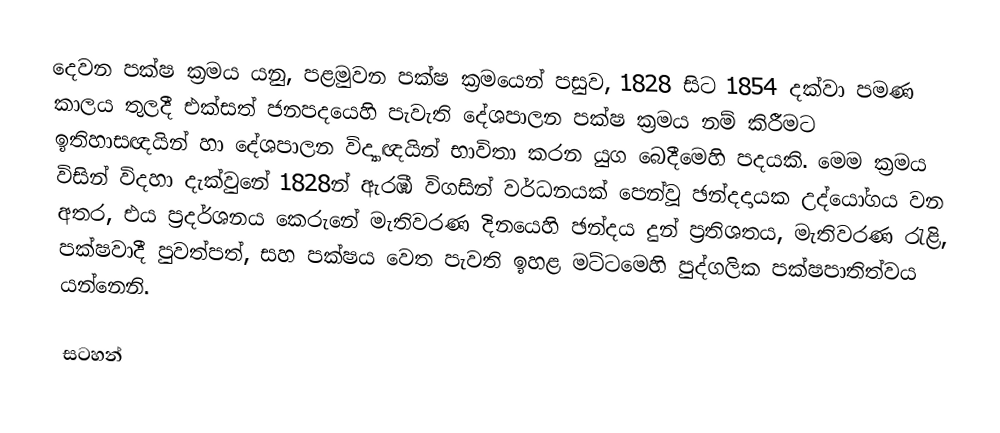
දෙවන පක්ෂ ක්‍රමය යනු,  පළමුවන පක්ෂ ක්‍රමයෙන් පසුව, 1828 සිට 1854 දක්වා පමණ කාලය තුලදී  එක්සත් ජනපදයෙහි පැවැති  දේශපාලන පක්ෂ ක්‍රමය නම් කිරීමට ඉතිහාසඥයින් හා දේශපාලන විද්‍යාඥයින් භාවිතා කරන  යුග බෙදීමෙහි පදයකි.  මෙම ක්‍රමය විසින් විදහා දැක්වුනේ 1828න් ඇරඹී විගසින් වර්ධනයක් පෙන්වූ ඡන්දදායක උද්යෝගය වන අතර, එය ප්‍රදර්ශනය කෙරුනේ මැතිවරණ දිනයෙහි ඡන්දය දුන් ප්‍රතිශතය, මැතිවරණ රැළි,  පක්ෂවාදී පුවත්පත්, සහ පක්ෂය වෙත පැවති ඉහළ මට්ටමෙහි පුද්ගලික  පක්ෂපාතිත්වය යන්නෙනි.

සටහන්